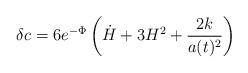
LaTeX: \begin{align*}\delta c = 6e^{-\Phi}\left( {\dot H} + 3H^2 + \frac{2k}{a(t)^2}\right)\end{align*}